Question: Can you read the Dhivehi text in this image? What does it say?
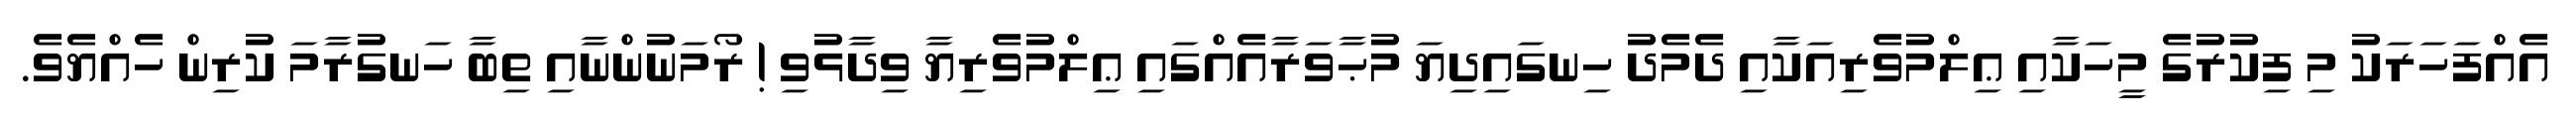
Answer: އެއްފަހަރަކު މި ފިކުރުގެ މީހަކާއި ޢިލްމުވެރިއަކާއި ދެމެދު ހިނގައިދިޔަ މުޙާވަރާއެއްގައި ޢިލްމުވެރިޔާ ވިދާޅުވި ! ރޯމަނުންނާއި ތިބާ ހަނގުރާމަ ކުރިން ހެއްޔެވެ.